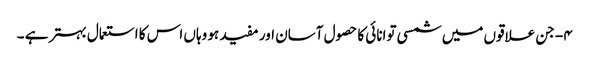
۴- جن علاقوں میں شمسی توانائی کا حصول آسان اور مفید ہو وہاں اس کا استعمال بہتر ہے ۔